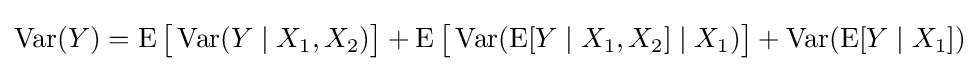
\operatorname {Var} (Y)=\operatorname {E} {\bigl [}\operatorname {Var} (Y\mid X_{1},X_{2}){\bigr ]}+\operatorname {E} {\bigl [}\operatorname {Var} (\operatorname {E} [Y\mid X_{1},X_{2}]\mid X_{1}){\bigr ]}+\operatorname {Var} (\operatorname {E} [Y\mid X_{1}])